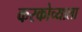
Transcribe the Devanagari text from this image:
करकोच्याला